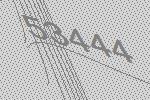
53444